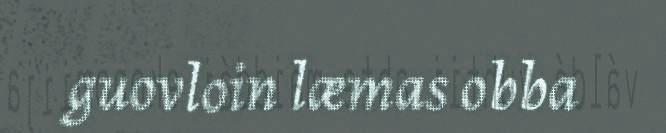
guovloin læmas obba